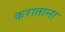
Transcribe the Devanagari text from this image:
कराताना